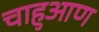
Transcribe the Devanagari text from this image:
चाहुआण